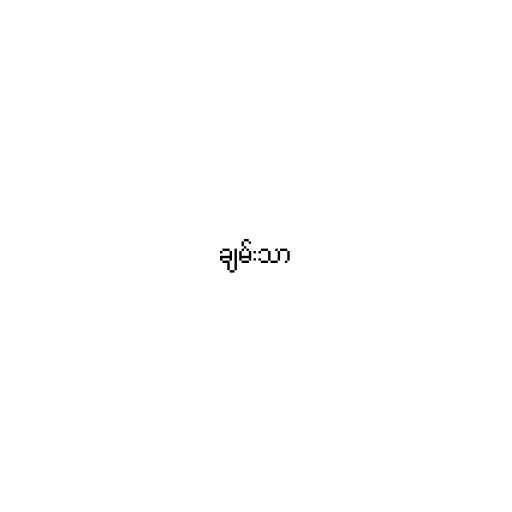
ချမ်းသာ